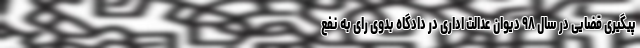
پیگیری قضایی در سال ۹۸ دیوان عدالت اداری در دادگاه بدوی رای به نفع